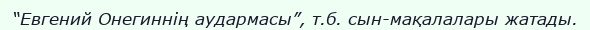
“Евгений Онегиннің аудармасы”, т.б. сын-мақалалары жатады.